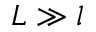
L \gg l